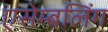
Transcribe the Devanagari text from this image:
एसेम्बलिंग